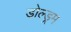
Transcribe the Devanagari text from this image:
डोल्ड्रम